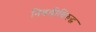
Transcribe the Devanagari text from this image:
निवडीविरुद्ध